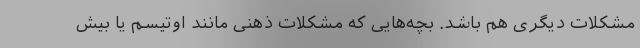
مشکلات دیگری هم باشد. بچه‌هایی که مشکلات ذهنی مانند اوتیسم یا بیش